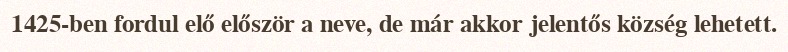
1425-ben fordul elő először a neve, de már akkor jelentős község lehetett.